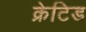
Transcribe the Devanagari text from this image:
क्रेटिड